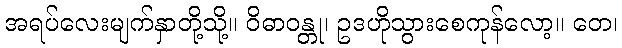
အရပ်လေးမျက်နှာတို့သို့။ ဝိဓာဝန္တု၊ ဥဒဟိုသွားစေကုန်လော့။ တေ၊